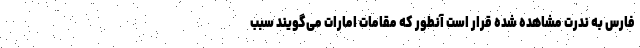
فارس به ندرت مشاهده شده قرار است آنطور که مقامات امارات می‌گویند سبب